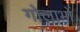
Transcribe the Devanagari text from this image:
गोलाभों